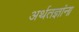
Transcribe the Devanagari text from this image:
अर्थतज्ञांना